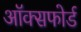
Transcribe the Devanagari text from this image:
अॉक्सफोर्ड